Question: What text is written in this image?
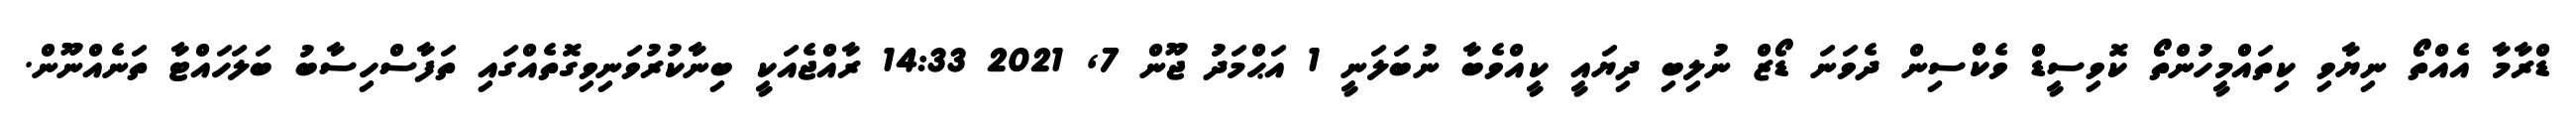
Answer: ޑްރާމާ އެއްތޯ ނިޔާވި ކިތައްމީހުންތޯ ކޮވިސީޑް ވެކްސިން ދެވަނަ ޑޯޒް ނުލިބި ދިޔައީ ކީއްވެބާ ނުބަލަނީ 1 އަޙްމަދު ޖޫން 7, 2021 14:33 ރާއްޖެއަކީ ބިނާކުރުވަނިވިގޮތެއްގައި ތަފާސްހިސާބު ބަލަހައްޓާ ތަނެއްނޫން.